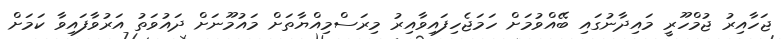
ޖަހާއިރު ޖުމްހޫރީ މައިދާނުގައި ބޭއްވުމަށް ހަމަޖެހިފައިވާއިރު މިރަސްމިއްޔާތަށް މައުމޫނަށް ދައުވަތު އަރުވާފައިވާ ކަމަށް